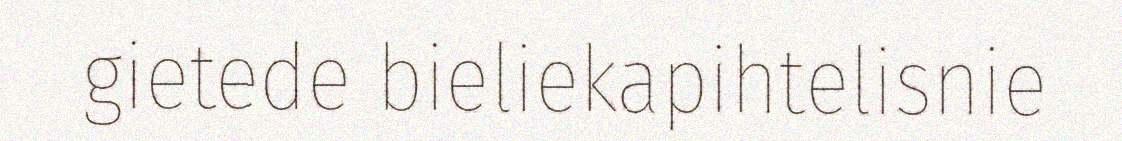
gietede bieliekapihtelisnie